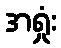
အရှုံး